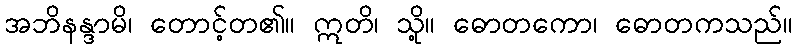
အဘိနန္ဒာမိ၊ တောင့်တ၏။ ဣတိ၊ သို့။ ဓောတကော၊ ဓောတကသည်။